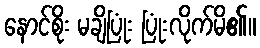
နောင်စိုး မချိပြုံး ပြုံးလိုက်မိ၏။